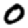
Digit: 0